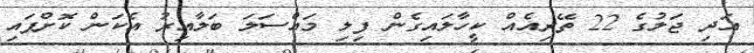
އަދި ޖަލުގެ 22 ތޭރިއެއް ކީހާލައިގެން ފިލި މައްސަލަ ބަލާއިރު އެކަން ކޮށްފައި